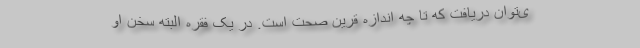
ی‌توان دریافت که تا چه اندازه قرین صحت است. در یک فقره البته سخن او